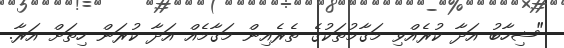
"ޝިހާބު އަދާ ކުރެއްވި މަގާމުތަކުގެ ތެރެއިން މަގާމެއް އަދާ ކުރަން ހިތަށް އަރާ.